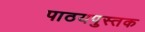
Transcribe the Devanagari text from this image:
पाठयपुस्तक